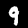
Label: 9